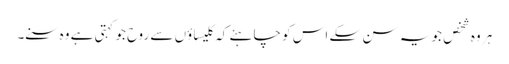
ہر وہ شخص جو یہ سن سکے اس کو چاہئے کہ کلیسا ؤں سے روح جو کہتی ہے وہ سنے۔